Report of the Municipal Commissioner on the plague in Bombay for the year ending 31st May... - Volume 2
Disease focus: Plague
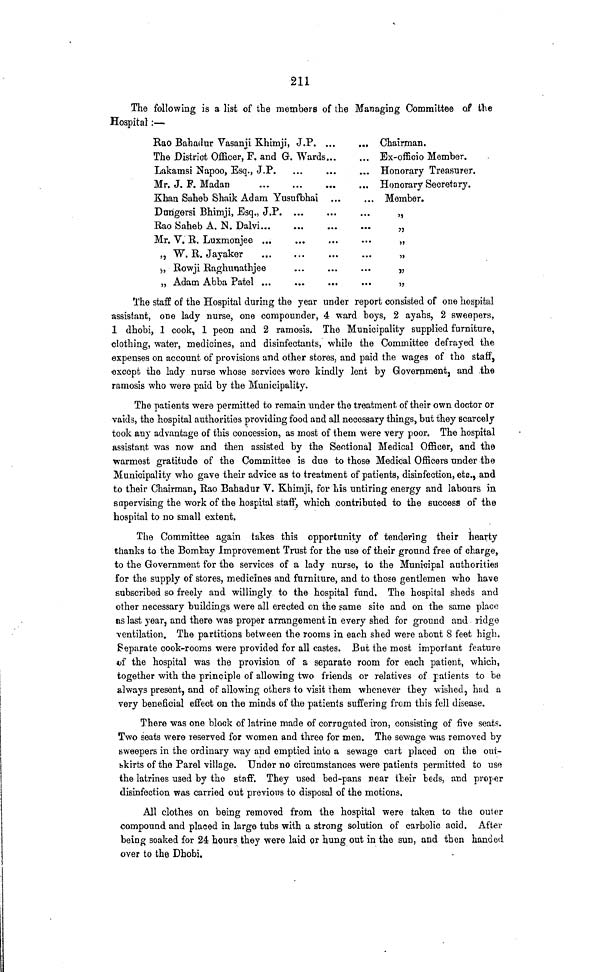
211
The following is a list of the members of the Managing Committee of the
Hospital :—
Rao Bahadur Vasanii Khimji, J.P. ...
The District Officer, F. and G. Wards
Lakamsi Napoo, Esq., J.P.
Mr. J. F. Madan
Khan Saheb Shaik Adam Yusufbhai
Dangers! Bhimji, Esq., J.P
Rao Saheb A. N. Dalvi
Mr. V. R. Luxmonjee
,, W. R. Jayaker
<,, Rowji Raghuuathjee
„ Adam Abba Patel ...
Chairman.
Ex-officio Member.
Honorary Treasurer.
4/
Honorary Secretary.
Member.
>j
>J
>)
5>
5>
)J
The staff of the Hospital during the year under report consisted of one hospital
assistant, one lady nurse, one compounder, 4 ward boys, 2 ayahs, 2 sweepers,
1 dhobi, 1 cook, 1 peon and 2 ramosis. The Municipality supplied furniture,
clothing, water, medicines, and disinfectants, while the Committee defrayed the
expenses on account of provisions and other stores, and paid the wages of the staff,
except the lady nurse whose services were kindly lent by Government, and .the
ramosis who were paid by the Municipality.
The patients were permitted to remain under the treatment of their own doctor or
vaids, the hospital authorities providing food and all necessary things, but they scarcely
took any advantage of this concession, as most of them were very poor. The hospital
assistant was now and then assisted by the Sectional Medical Officer, and the
•warmest gratitude of the Committee is due to those Medical Officers under the
Municipality who gave their advice as to treatment of patients, disinfection, etc., and
to their Chairman, Rao Bahadur V. Khimji, for his untiring energy and labours in
supervising the work of the hospital staff, which contributed to the success of the
hospital to no small extent.
The Committee again takes this opportunity of tendering their hearty
thanks to the Bombay Improvement Trust for the use of their ground free of charge,
to the Government for the services of a lady nurse, to the Municipal authorities
for the supply of stores, medicines and furniture, and to those gentlemen who have
subscribed so freely and willingly to the hospital fund. The hospital sheds and
other necessary buildings were all erected on the same site and on the same place
as last year, and there was proper arrangement in every shed for ground and ridge
ventilation. The partitions between the rooms in each shed were about 8 feet high.
Separate cook-rooms were provided for all castes. But the most important feature
dif the hospital was the provision of a separate room for each patient, which,
together with the principle of allowing two friends or relatives of patients to be
always present, and of allowing others to visit them whenever they wished, h-ad a
very beneficial effect on the minds of the patients suffering from this fell disease.
There was one block of latrine made of corrugated iron, consisting of five seats.
Two seats were reserved for women and three for men. The sewage was removed by
sweepers in the ordinary way and emptied into a sewage cart placed on the out-
bkirts of the Parel village. Under no circumstances were patients permitted to use
the latrines used by the staff. They used bed-pans near their beds, and proper
disinfection was carried out previous to disposal of the motions.
All clothes on being removed from the hospital were taken to the outer
compound and placed in large tubs with a strong solution of carbolic acid. After
being soaked for 24 hours they were laid or hung out in the sun, and then handed
over to the Dhobi.